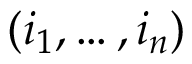
( i _ { 1 } , \dots , i _ { n } )